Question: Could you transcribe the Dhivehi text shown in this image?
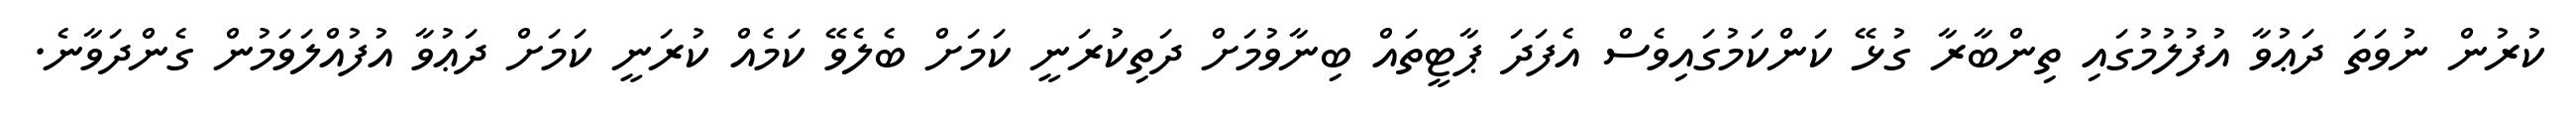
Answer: ކުރުން ނުވަތަ ދަޢުވާ އުފުލުމުގައި ތިންބާރާ ގުޅޭ ކަންކަމުގައިވެސް އެފަދަ ޕާޓީތައް ބިނާވުމަށް ދަތިކުރަނީ ކަމަށް ބެލެވޭ ކަމެއް ކުރަނީ ކަމަށް ދަޢުވާ އުފުއްލަވަމުން ގެންދަވާނެ.